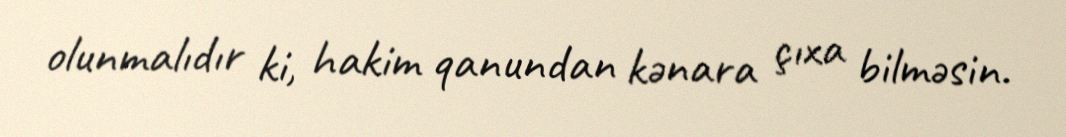
olunmalıdır ki, hakim qanundan kənara çıxa bilməsin.